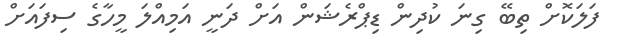
ފަލަކޮށް ތިބޭ ގިނަ ކުދިން ޑިޕްރެޝަން އަށް ދަނީ އަމިއްލަ މީހާގެ ސިފައަށް